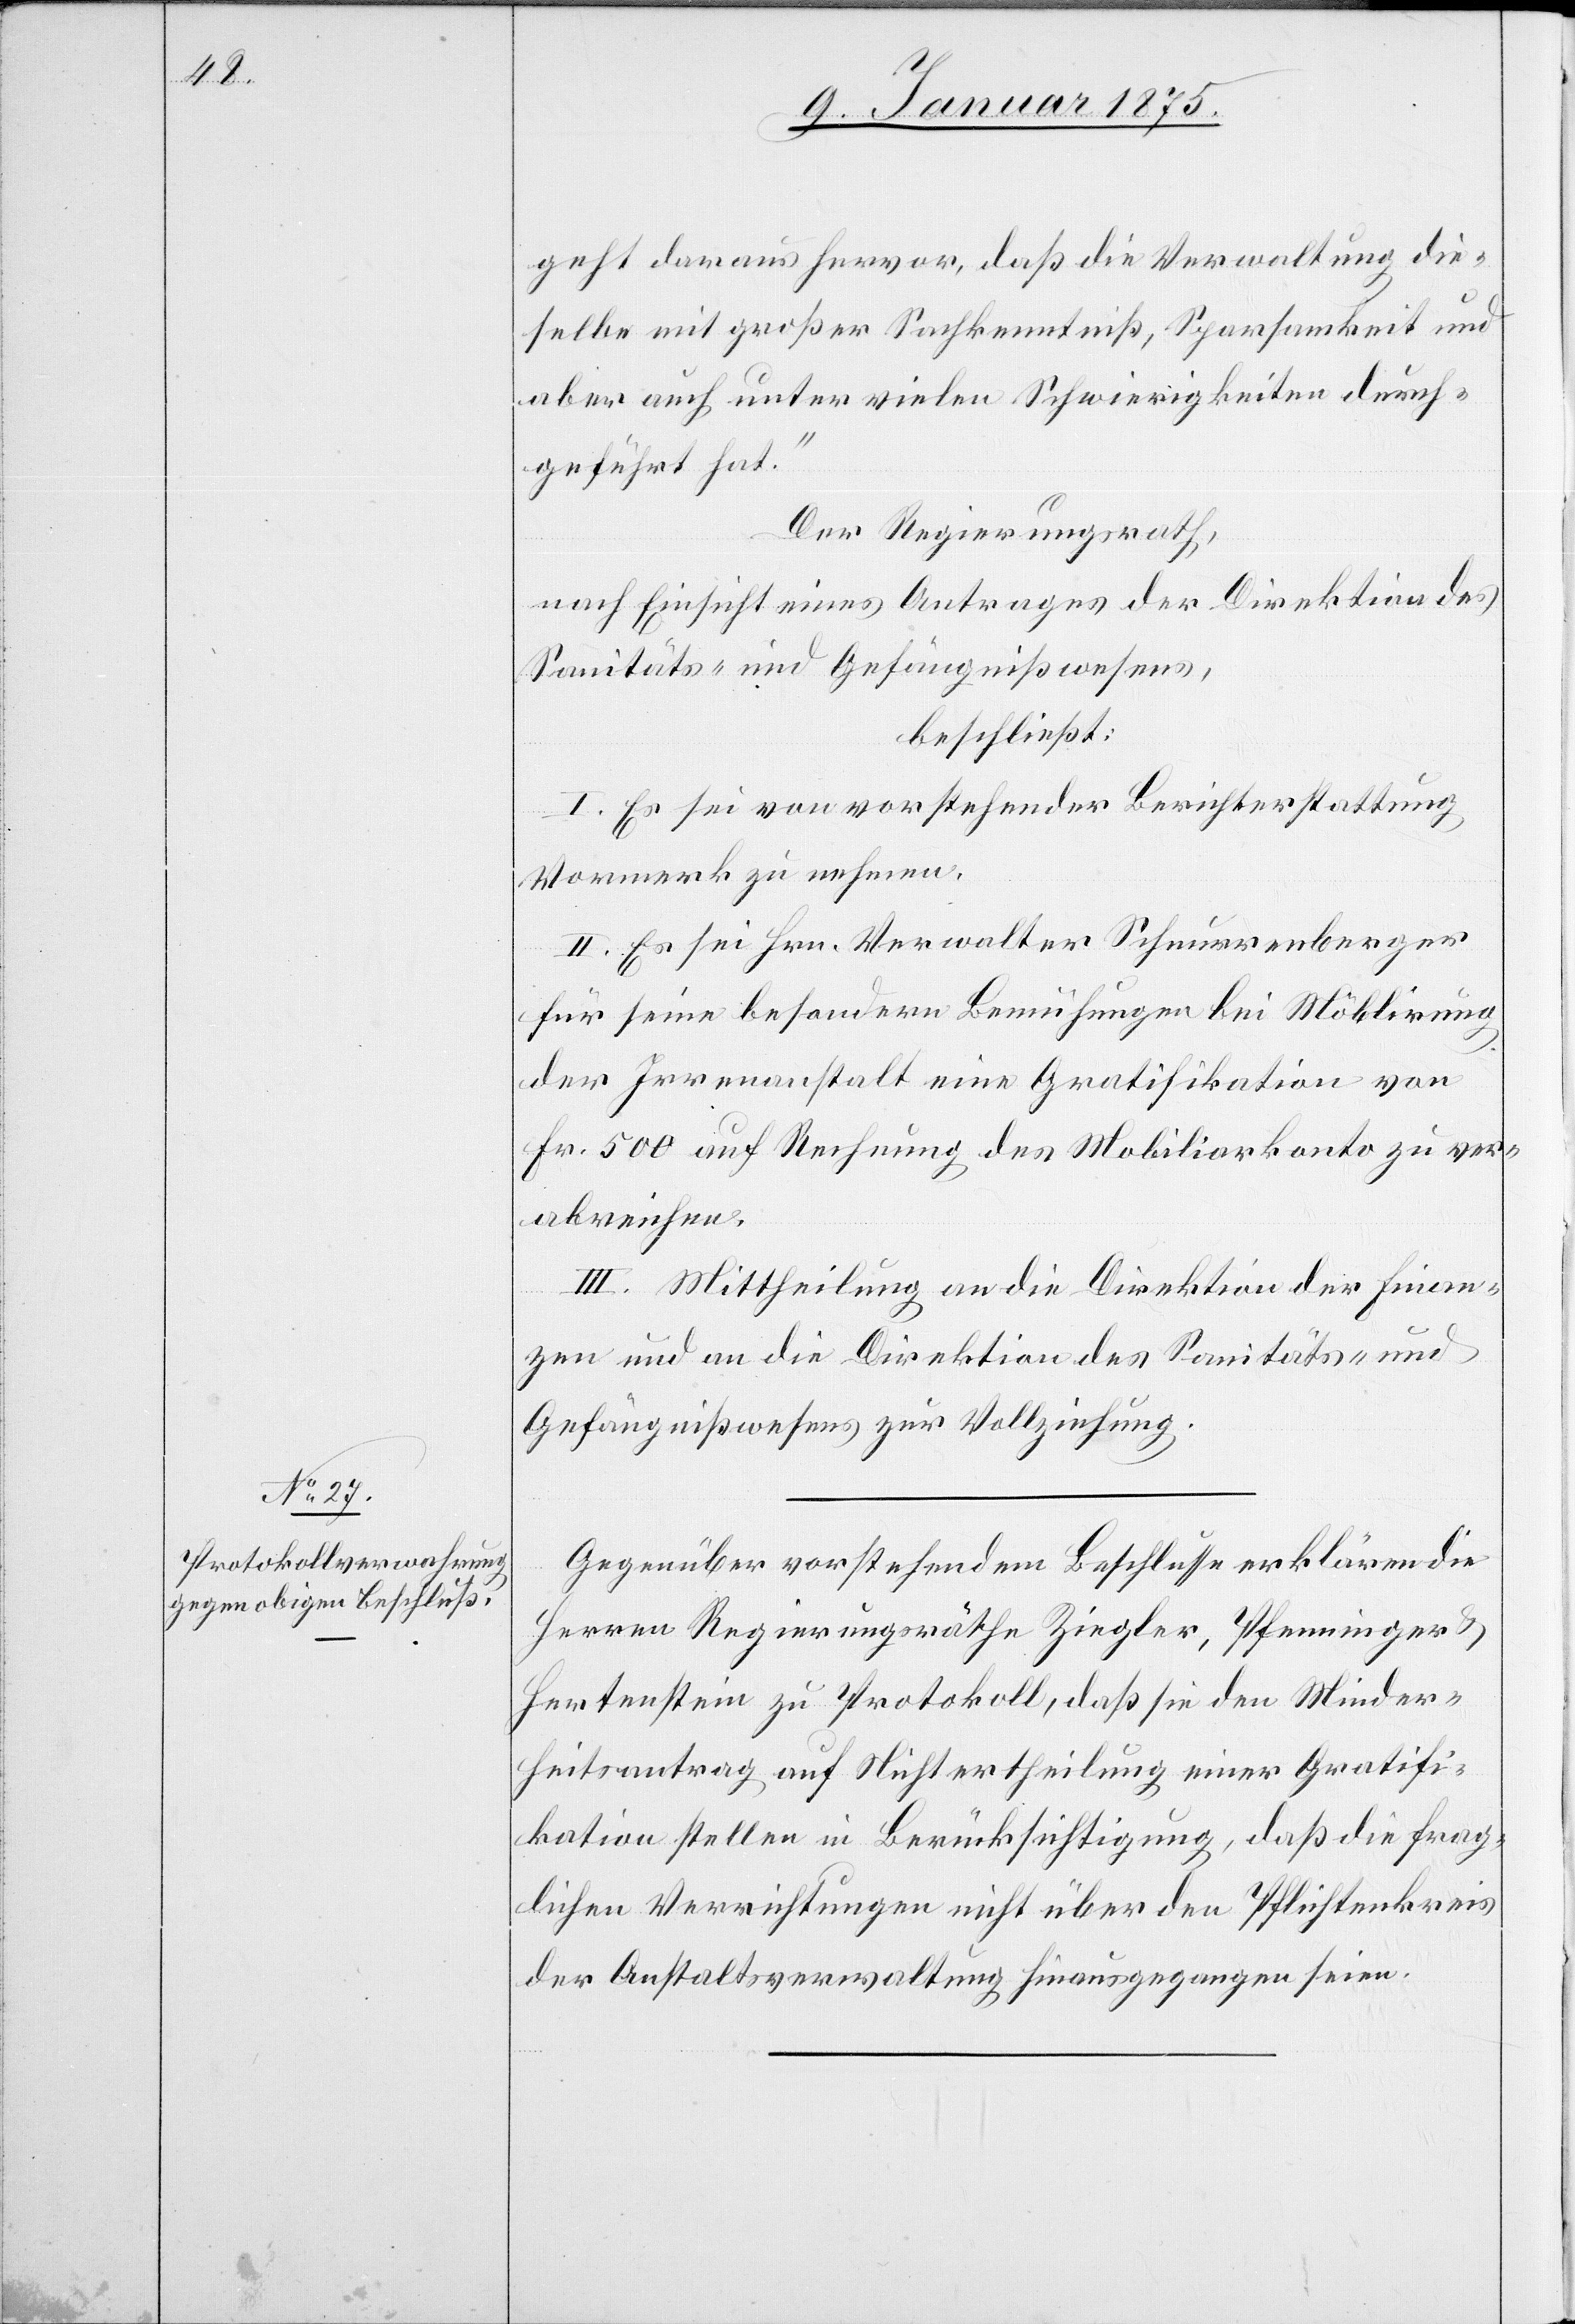
geht daraus hervor, daß die Verwaltung die¬
selbe mit großer Sachkenntniß, Sparsamkeit und
aber auch unter vielen Schwierigkeiten durch¬
geführt hat.“
Der Regierungsrath
nach Einsicht eines Antrages der Direktion des
Sanitäts- und Gefängnißwesen,
beschließt:
I. Es sei von vorstehender Berichterstattung
Vormerk zu nehmen.
II. Es sei Hrn. Verwalter Schnurrenberger
für seine besondern Bemühungen bei Möblirung
der Irrenanstalt eine Gratifikation von
Fr. 500 auf Rechnung des Mobiliarkonto zu ver¬
abreichen.
III. Mittheilung an die Direktion der Finan¬
zen und an die Direktion des Sanitäts- und
Gefängnißwesen zur Vollziehung.
Gegenüber vorstehendem Beschlusse erklären die
Herren Regierungsräthe Ziegler, Pfenninger &
Hertenstein zu Protokoll, daß sie den Minder¬
heitsantrag auf Nichtvertheilung einer Gratifi¬
kation stellen in Berücksichtigung, daß die frag¬
lichen Verrichtungen nicht über den Pflichtenkreis
der Anstaltsverwaltung hinausgegangen seien.